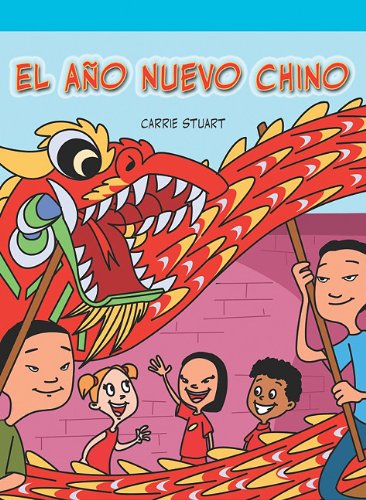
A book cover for El ano nuevo chino/ Chinese New Year (Spanish Edition); Carrie Stuart; Children's Books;